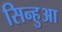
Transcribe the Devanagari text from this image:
सिन्हुआ